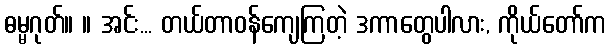
ဓမ္မဂုတ်။ ။ အင်း... တယ်တာဝန်ကျေကြတဲ့ ဒကာတွေပါလား, ကိုယ်တော်က